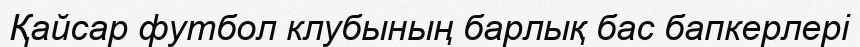
Қайсар футбол клубының барлық бас бапкерлері